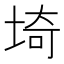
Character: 埼